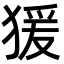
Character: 猨